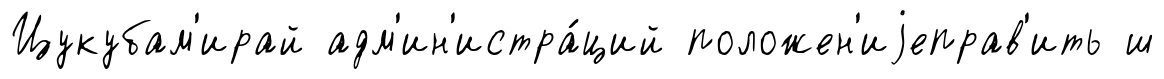
Цукубам'ирай адм'ин'истра́ций положен'иjеправ'ить ш